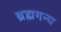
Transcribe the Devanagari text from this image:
ब्रह्मगन्ध